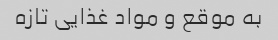
به موقع و مواد غذایی تازه